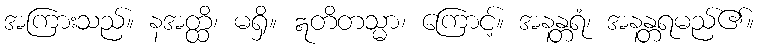
အကြားသည်။ နအတ္ထိ၊ မရှိ။ ဣတိတသ္မာ၊ ကြောင့်။ အနန္တရံ၊ အနန္တရမည်၏။